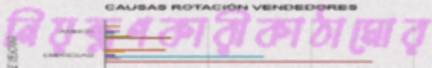
নিয়ন্ত্রণকারীকাঠামোর